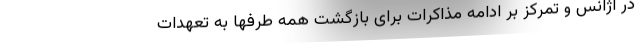
در آژانس و تمرکز بر ادامه مذاکرات برای بازگشت همه طرفها به تعهدات